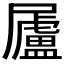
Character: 𡳬